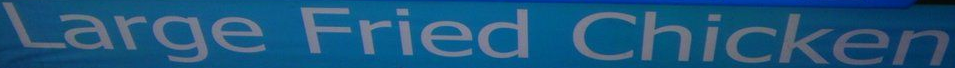
Large Fried Chicken